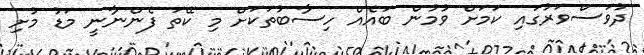
ދުވަސްވަރުގައި ކަމަށް ވުމުން ބައެއް ހިސާބުތަކަށް މި ކޭތަ ފެންނާނީ މަޑު މުށި